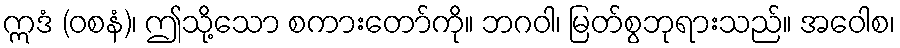
ဣဒံ (ဝစနံ)၊ ဤသို့သော စကားတော်ကို။ ဘဂဝါ၊ မြတ်စွဘုရားသည်။ အဝေါစ၊